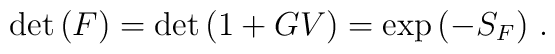
\det{(F)}=\det{(1+GV)}=\exp{( -S_F)}~.